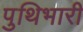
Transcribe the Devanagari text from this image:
पुथिभारी